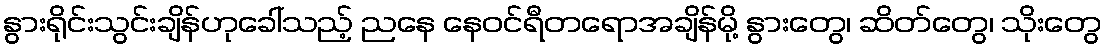
နွားရိုင်းသွင်းချိန်ဟုခေါ်သည့် ညနေ နေဝင်ရီတရောအချိန်မို့ နွားတွေ၊ ဆိတ်တွေ၊ သိုးတွေ